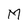
Character: M